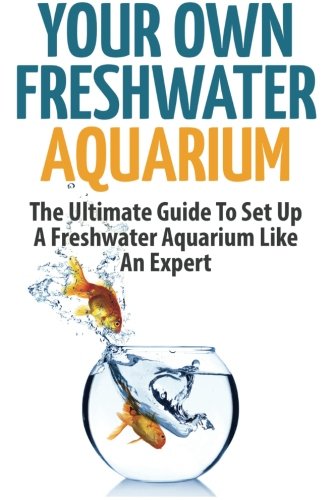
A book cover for Your Own Freshwater Aquarium: The Ultimate Guide To Set Up A Freshwater Aquarium Like An Expert; Anne Meyers; Crafts, Hobbies & Home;